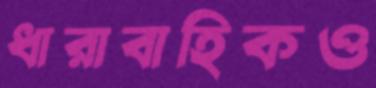
ধারাবাহিকও